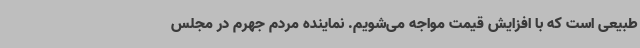
طبیعی است که با افزایش قیمت مواجه می‌شویم. نماینده مردم جهرم در مجلس